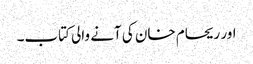
اور ریحام خان کی آنے والی کتاب۔